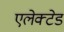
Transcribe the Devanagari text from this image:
एलेक्टेड